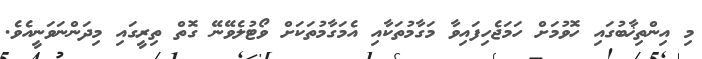
މި އިންތިޚާބުގައި ހޮވުމަށް ހަމަޖެހިފައިވާ މަގާމުތަކާއި އެމަގާމުތަކަށް ވޯޓުލެވޭނޭ ގޮތް ތިރީގައި މިދަންނަވަނީއެވެ.